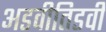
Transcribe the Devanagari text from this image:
अडवीतिडवी